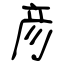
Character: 彦